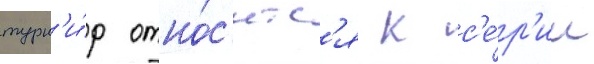
турн'и́р отно́с'итс'я к с'е́р'ии